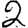
Digit: 2